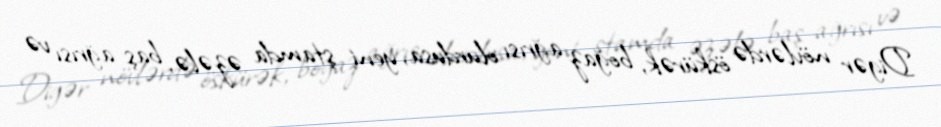
Digər növlərdə öskürək, boğaz ağrısı olurdusa, yeni ştamda əzələ, baş ağrısı və